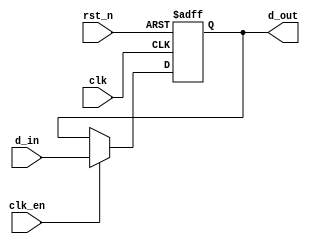
module parameterized_register #(
    parameter WIDTH = 8,          // Parameterized width of the register
    parameter RESET_VALUE = 0     // Parameterized reset value
)(
    input wire clk,               // Clock input
    input wire rst_n,             // Asynchronous active-low reset
    input wire clk_en,            // Clock enable input (optional)
    input wire [WIDTH-1:0] d_in,  // Data input
    output reg [WIDTH-1:0] d_out  // Data output
);

    // Always block for synchronous operation with asynchronous reset
    always @(posedge clk or negedge rst_n) begin
        if (!rst_n) begin
            d_out <= RESET_VALUE; // Asynchronous reset
        end else if (clk_en) begin
            d_out <= d_in;        // Capture input data on clock edge
        end
    end

endmodule